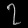
Digit: ၇